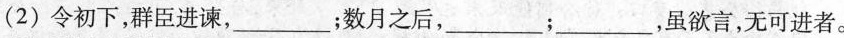
(2)令初下，群臣进谏，___；数月之后， ___﹔___，虽欲言，无可进者。